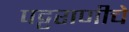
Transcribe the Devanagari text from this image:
पट्टराणीचे